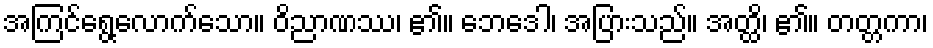
အကြင်ရွေ့လောက်သော။ ဝိညာဏဿ၊ ၏။ ဘေဒေါ၊ အပြားသည်။ အတ္ထိ၊ ၏။ တတ္တကာ၊